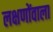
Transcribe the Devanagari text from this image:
लक्षणोंवाला